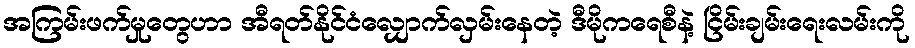
အကြမ်းဖက်မှုတွေဟာ အီရတ်နိုင်ငံလျှောက်လှမ်းနေတဲ့ ဒီမိုကရေစီနဲ့ ငြိမ်းချမ်းရေးလမ်းကို